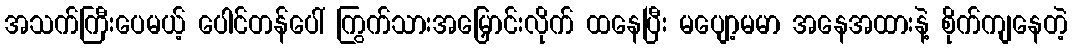
အသက်ကြီးပေမယ့် ပေါင်တန်ပေါ် ကြွက်သားအမြှောင်းလိုက် ထနေပြီး မပျော့မမာ အနေအထားနဲ့ စိုက်ကျနေတဲ့